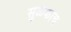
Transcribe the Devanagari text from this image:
सुळकाच